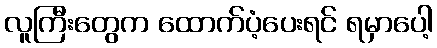
လူကြီးတွေက ထောက်ပံ့ပေးရင် ရမှာပေါ့